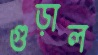
গুড়াল